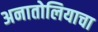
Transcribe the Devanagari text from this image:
अनातोलियाचा